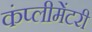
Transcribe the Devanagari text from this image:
कंप्लीमेंटरी